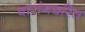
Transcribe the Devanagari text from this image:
वारांगचरित